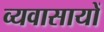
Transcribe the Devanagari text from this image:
व्यवासायों